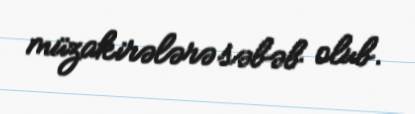
müzakirələrə səbəb olub.